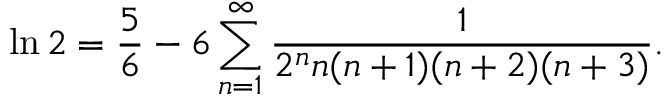
\ln 2 = { \frac { 5 } { 6 } } - 6 \sum _ { n = 1 } ^ { \infty } { \frac { 1 } { 2 ^ { n } n ( n + 1 ) ( n + 2 ) ( n + 3 ) } } .